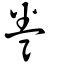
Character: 弮